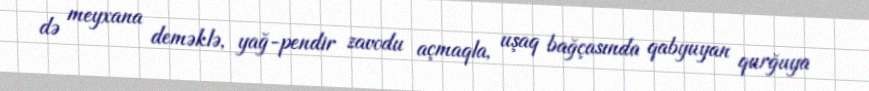
də meyxana deməklə, yağ-pendir zavodu açmaqla, uşaq bağçasında qabyuyan qurğuya